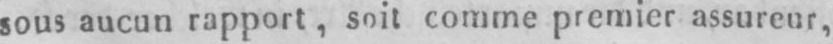
sous aucun rapport, soit comme premier assureur,